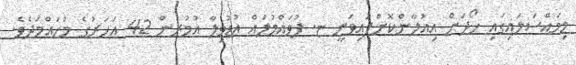
މިމައްސަލައިގައި ހޯދަން އިއުލާންކޮށްފައިވަނީ ޏ. ފުވައްމުލައް އުޑުވިލާ އުމުރުން 42 އަހަރުގެ މުހައްމަދެވެ.